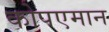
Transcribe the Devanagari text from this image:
कोपएमान